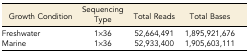
<table><thead><tr><td><b>Growth Condition</b></td><td><b>Sequencing Type</b></td><td><b>Total Reads</b></td><td><b>Total Bases</b></td></tr></thead><tbody><tr><td>Freshwater</td><td>1×36</td><td>52,664,491</td><td>1,895,921,676</td></tr><tr><td>Marine</td><td>1×36</td><td>52,933,400</td><td>1,905,603,111</td></tr></tbody></table>